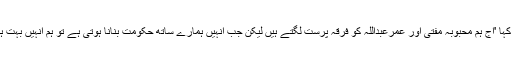
گزشتہ شام یہاں ایک پریس کانفرنس کو خطاب کرتے ہوئے شہنواز حیسن نے کہا 'آج ہم محبوبہ مفتی اور عمرعبداللہ کو فرقہ پرست لگتے ہیں لیکن جب انہیں ہمارے ساتھ حکومت بنانا ہوتی ہے تو ہم انہیں بہت ہی سیکولر لگتے ہیں، ہم سے الگ ہوتے ہیں تو ہم میں کمیاں نکالنے لگتے ہیں'۔